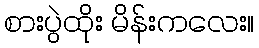
စားပွဲထိုး မိန်းကလေး။